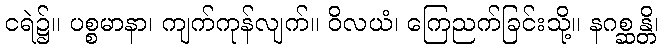
ငရဲ၌။ ပစ္စမာနာ၊ ကျက်ကုန်လျက်။ ဝိလယံ၊ ကြေညက်ခြင်းသို့။ နဂစ္ဆန္တိ၊